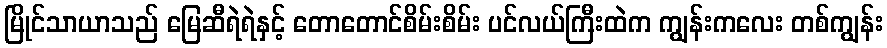
မြိုင်သာယာသည် မြေဆီရဲရဲနှင့် တောတောင်စိမ်းစိမ်း ပင်လယ်ကြီးထဲက ကျွန်းကလေး တစ်ကျွန်း